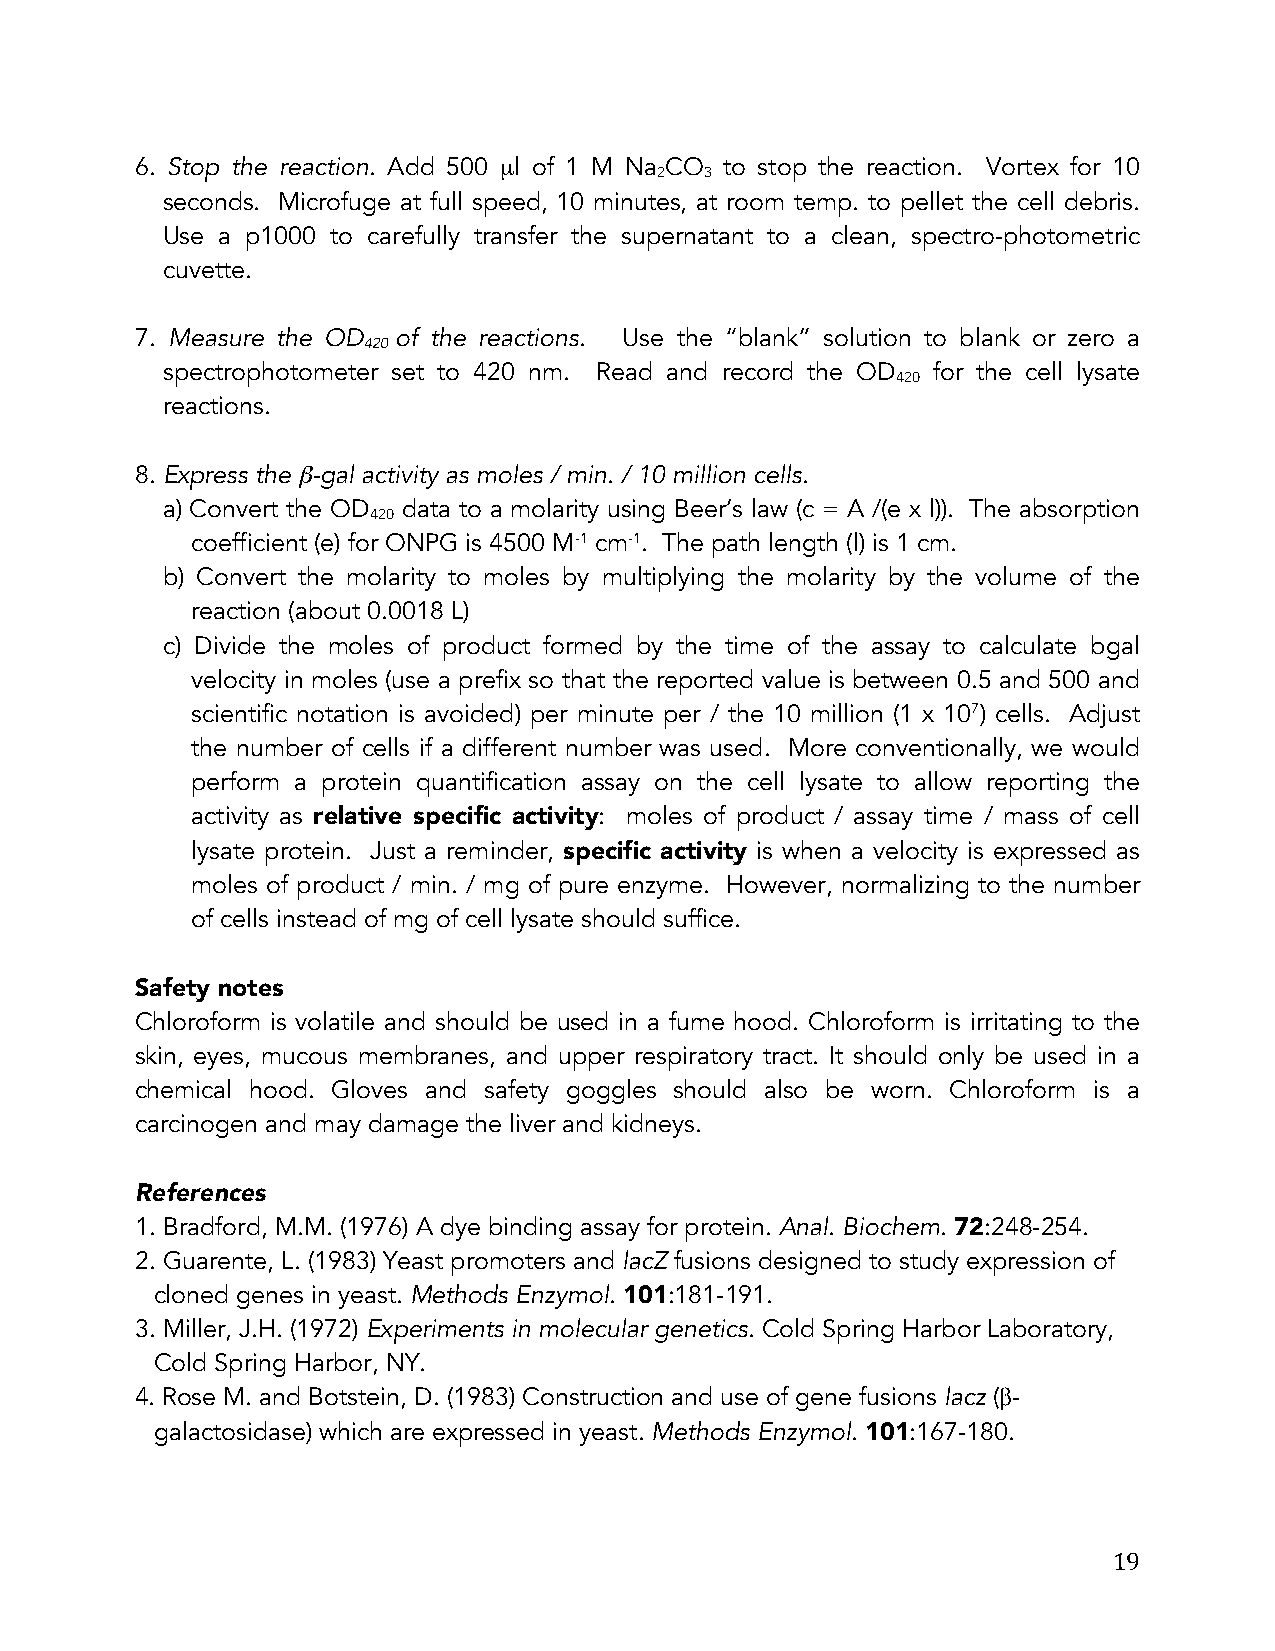
6. Stop the reaction. Add 500 µl of 1 M Na CO to stop the reaction. Vortex for 10
 2   3
 seconds. Microfuge at full speed, 10 minutes, at room temp. to pellet the cell debris.
 Use a p1000 to carefully transfer the supernatant to a clean, spectro-photometric
 cuvette.
 7. Measure the OD of the reactions. Use the “blank” solution to blank or zero a
 420
 spectrophotometer set to 420 nm. Read and record the OD for the cell lysate
 420
 reactions.
 8. Express the β-gal activity as moles / min. / 10 million cells.
 a) Convert the OD data to a molarity using Beer’s law (c = A /(e x l)). The absorption
 420
 coefficient (e) for ONPG is 4500 M-1 cm-1. The path length (l) is 1 cm.
 b) Convert the molarity to moles by multiplying the molarity by the volume of the
 reaction (about 0.0018 L)
 c) Divide the moles of product formed by the time of the assay to calculate bgal
 velocity in moles (use a prefix so that the reported value is between 0.5 and 500 and
 scientific notation is avoided) per minute per / the 10 million (1 x 107) cells. Adjust
 the number of cells if a different number was used. More conventionally, we would
 perform a protein quantification assay on the cell lysate to allow reporting the
 activity as relative specific activity: moles of product / assay time / mass of cell
 lysate protein. Just a reminder, specific activity is when a velocity is expressed as
 moles of product / min. / mg of pure enzyme. However, normalizing to the number
 of cells instead of mg of cell lysate should suffice.
 Safety notes
 Chloroform is volatile and should be used in a fume hood. Chloroform is irritating to the
 skin, eyes, mucous membranes, and upper respiratory tract. It should only be used in a
 chemical hood. Gloves and safety goggles should also be worn. Chloroform is a
 carcinogen and may damage the liver and kidneys.
 References
 1. Bradford, M.M. (1976) A dye binding assay for protein. Anal. Biochem. 72:248-254.
 2. Guarente, L. (1983) Yeast promoters and lacZ fusions designed to study expression of
 cloned genes in yeast. Methods Enzymol. 101:181-191.
 3. Miller, J.H. (1972) Experiments in molecular genetics. Cold Spring Harbor Laboratory,
 Cold Spring Harbor, NY.
 4. Rose M. and Botstein, D. (1983) Construction and use of gene fusions lacz (β-
 galactosidase) which are expressed in yeast. Methods Enzymol. 101:167-180.
 19